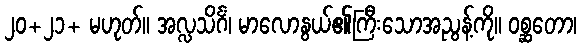
၂၀+၂၁+ မဟုတ်။ အလ္လသိင်္ဂံ၊ မာလောနွယ်၏ကြီးသောအညွန့်ကို။ ဝစ္ဆတော၊